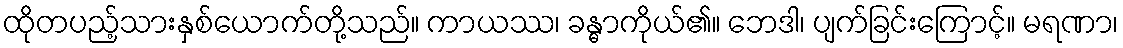
ထိုတပည့်သားနှစ်ယောက်တို့သည်။ ကာယဿ၊ ခန္ဓာကိုယ်၏။ ဘေဒါ၊ ပျက်ခြင်းကြောင့်။ မရဏာ၊